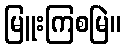
မြူးကြစမြဲ။